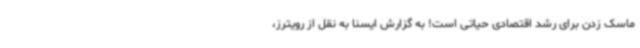
ماسک زدن برای رشد اقتصادی حیاتی است! به گزارش ایسنا به نقل از رویترز،